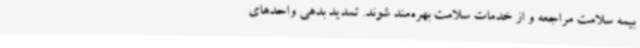
بیمه سلامت مراجعه و از خدمات سلامت بهره‌مند شوند. تمدید بدهی واحدهای